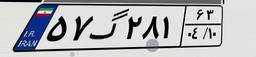
۵۷گ۲۸۱۶۳